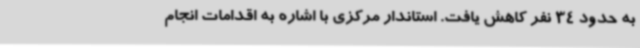
به حدود 34 نفر کاهش یافت. استاندار مرکزی با اشاره به اقدامات انجام